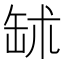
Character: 𦈭